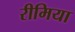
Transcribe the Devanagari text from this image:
रीमिया